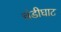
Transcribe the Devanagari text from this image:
चंडीघाट